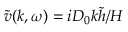
\tilde { v } ( k , \omega ) = i D _ { 0 } k \tilde { h } / H